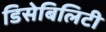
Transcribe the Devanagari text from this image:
डिसेबिलिटी